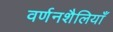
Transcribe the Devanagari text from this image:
वर्णनशैलियाँ